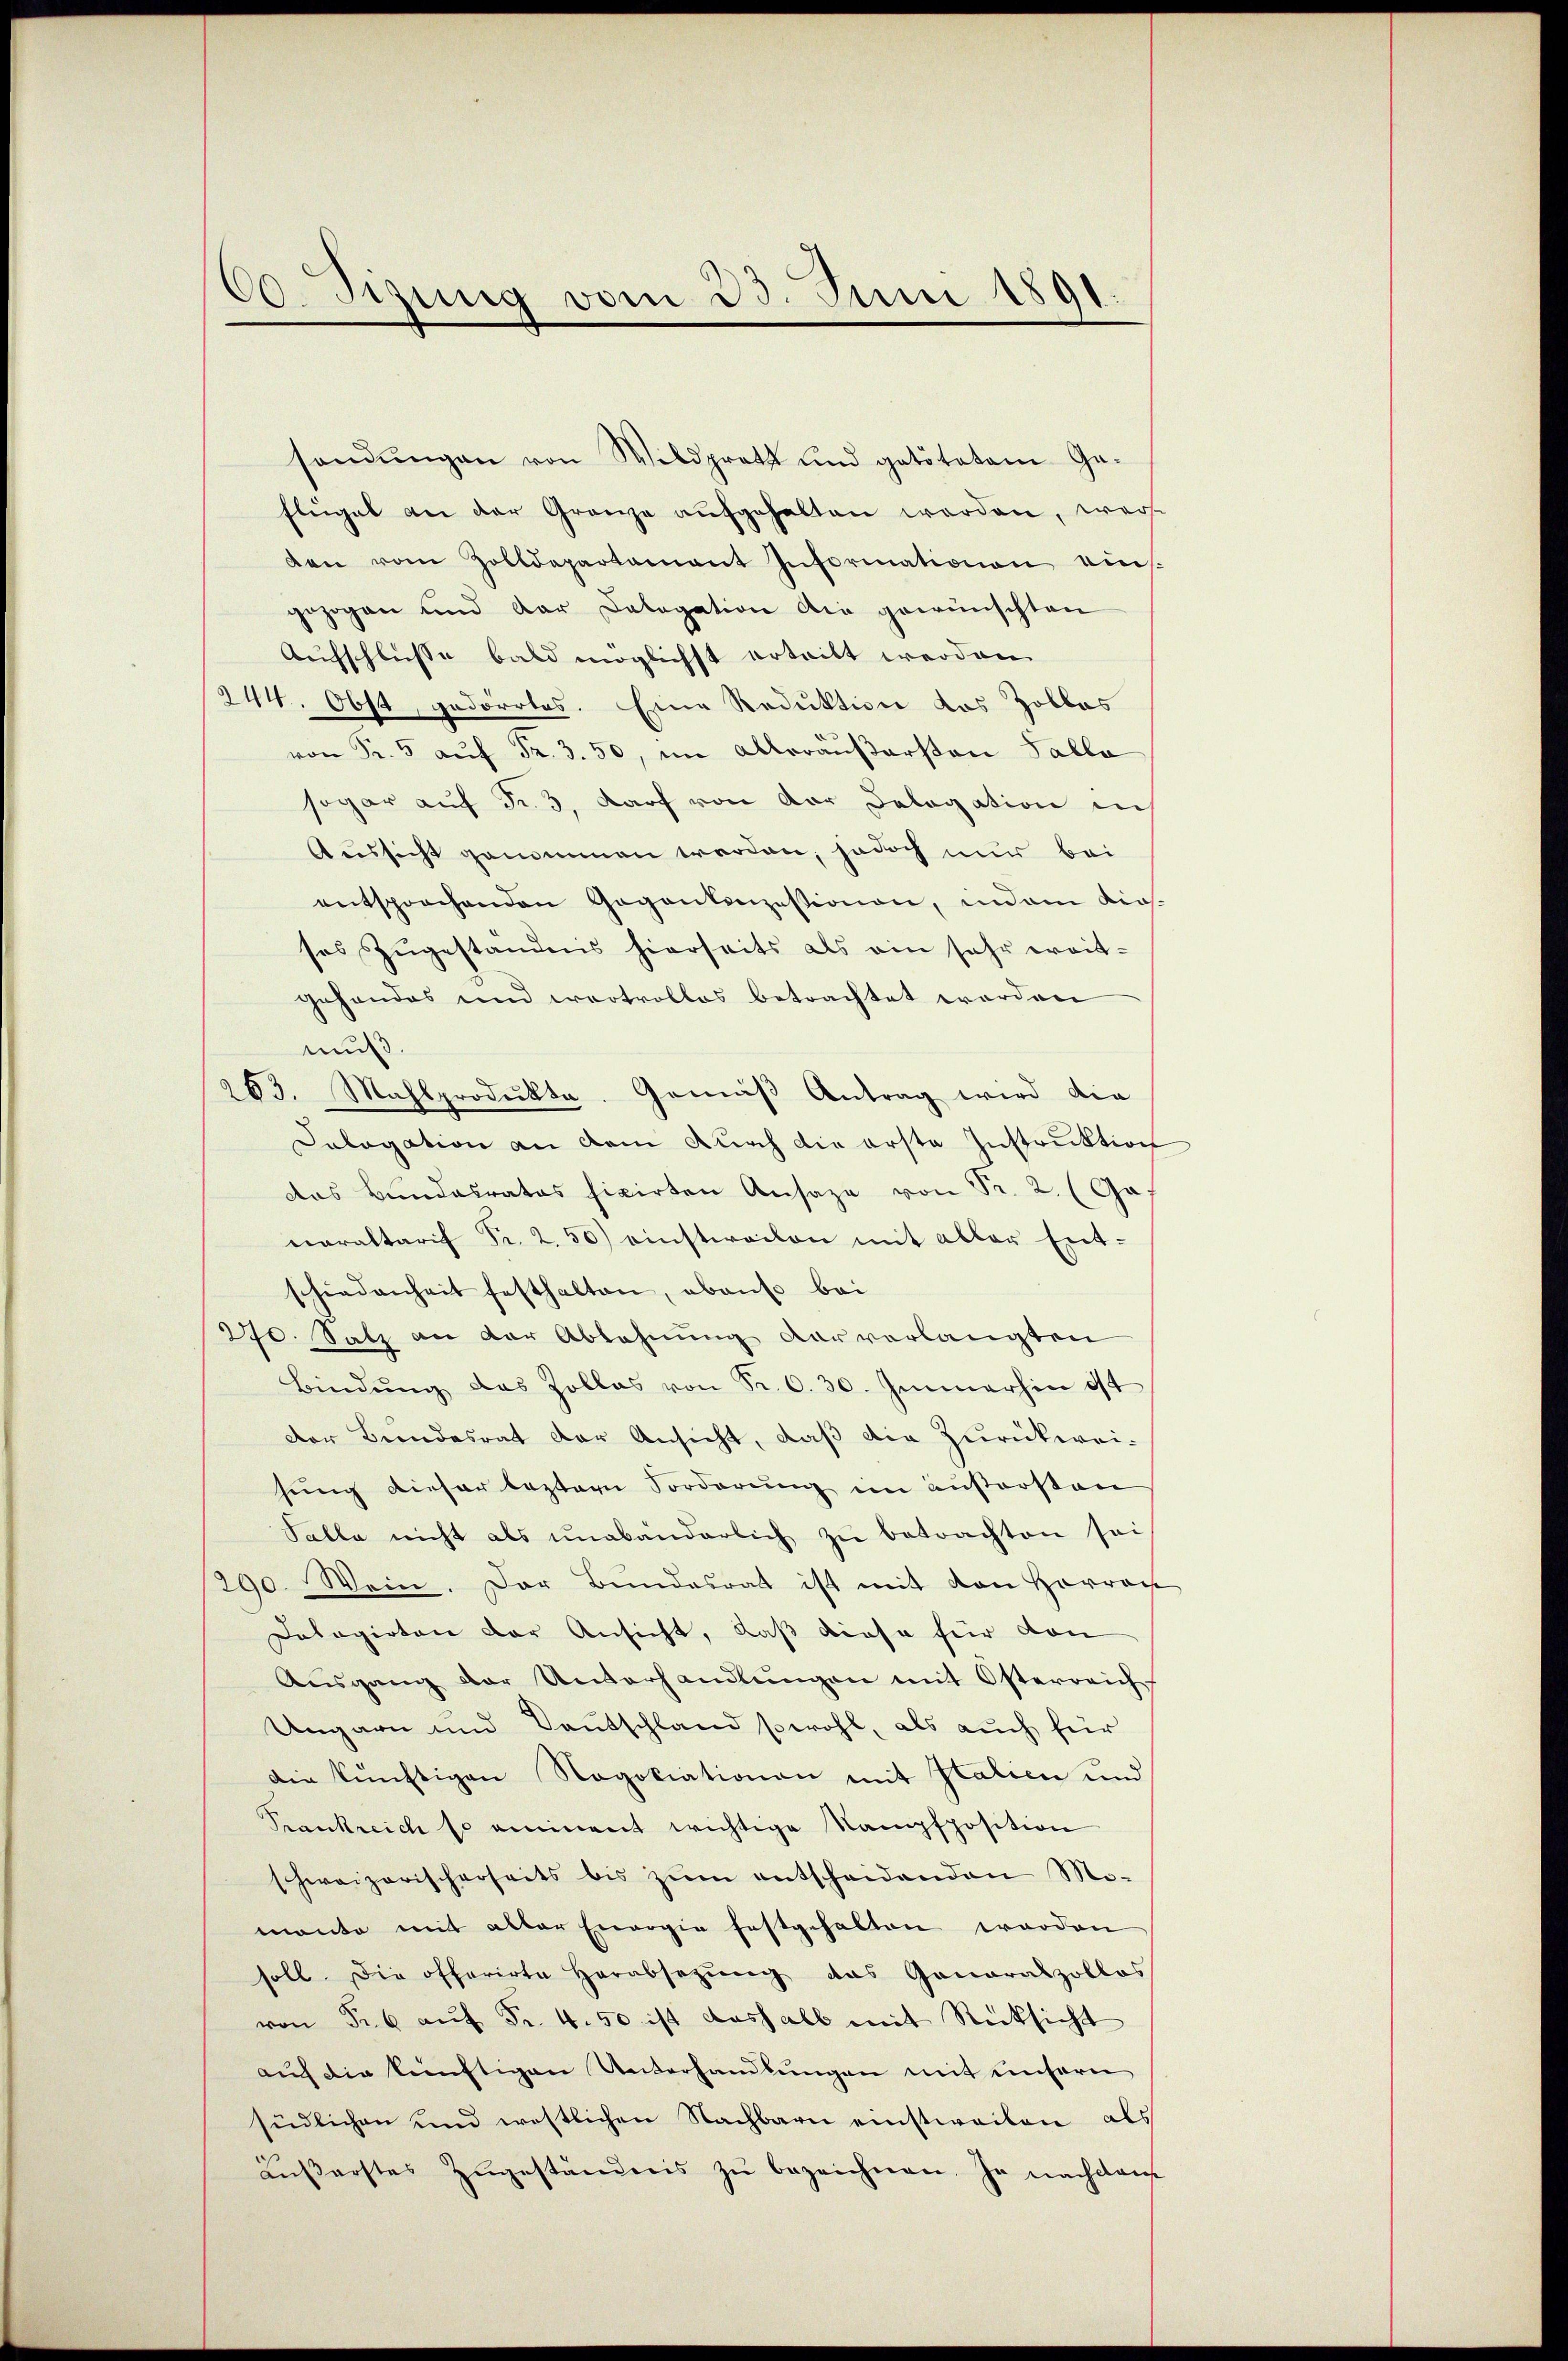
60. Sitzung vom 23. Juni 1891.

sandŭngen von Wildprath und getötetem Ge-
flügel an der Grenze aufgehalten worden, werden vom Zolldepartamant Informationen eins.
gezogen und dar Delegation die gewünschten
Aufschlusse bald möglichst erteilt werden.
244. Obst, gedörrtes. Eine Reduktion das Zollas
von Fr. 5 auf Fr. 3. 50, im Alleräußersten Palla
sogar auf Fr. 3, darf von der Dologation in
Aussicht genommen werden; jedoch nur bei
entsprochenden Gagantenzessionen, indem Kios-
ses Zugeständnis hierseits als ein sehr weitgehandes und wertvollos betrachtet werden
muß.
263. Mahlprodukte. Gemäβ Antrag wird die
Dalogation an dem durch die erste Instruktion
das Bundesrates fixirten Ansage von Sr. 2. (Ga
naraltarif Fr. 2. 50) einstweilen mit aller Entschiedenheit festhalten, abenso bei
270. Satz an der Ablehnung der verlangten
Bindŭng das Zollas von Fr. 6. 30. Jennerhin ist
Der Beendesrat der Ansicht, daß die Zurückwei-
hung dieser leztern Forderung im äußersten
Palla nicht als unabänderlich zu betrachten sei
290. Wein. Der Bundesrat ist mit den Horroc
Dalagirten der Ansicht, daß diese für dan
Aŭsgang der Unterhandlŭngen mit Österreich
Ungarn und Deutschland sowohl, als auch für
Die künftigen Negotiationen mit Italien und
Frankreich so animent wichtige Stampfhosition
schweizerischerseits bis zum entscheidenden Mo-
monte mit alter Eiogie festgehalten worden
soll. Die offerirte Herabsetzung das Ganaralpollos
von Fr. 6 aŭf Fr. 4.50 ist deshalb mit Rücksicht
auf die künftigen Unterhandlungen mit unsern
südlichen und westlichen Nachbarn einstweilen, als
äŭβerstes Zŭgeständnis zŭ bezeichnen. Je nachdem